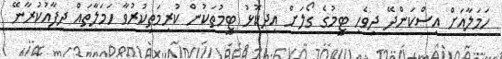
ހަމަލާއަށް އިސްކަންދޭ ދިވެހި ޓީމުގެ ގޯލަށް އިދިކޮޅު ޓީމުތަކުން ކުރިމަތިކުރުވާ ހަމަލާތައް ދިފާއުކުރާނޭ